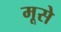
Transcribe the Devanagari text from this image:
मूसे